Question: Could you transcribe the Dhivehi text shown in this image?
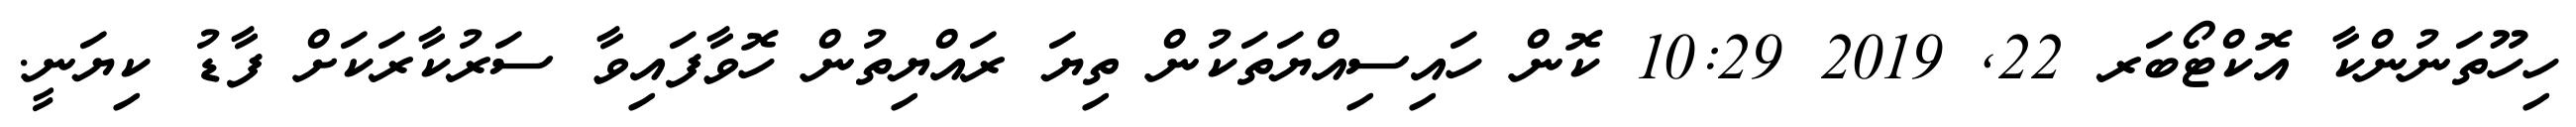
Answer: ހިހޫތަނުންކާ އޮކްޓޯބަރ 22, 2019 10:29 ކޮން ހައިސިއްޔަތަކުން ތިޔަ ރައްޔިތުން ހޮވާފައިވާ ސަރުކާރަކަށް ފާޑު ކިޔަނީ.